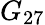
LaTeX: G_{27}